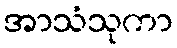
အာသံသုကာ